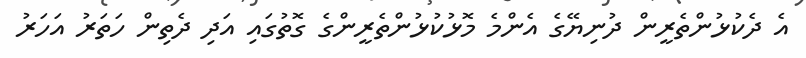
އެ ދެކުޅުންތެރީން ދުނިޔޭގެ އެންމެ މޮޅުކުޅުންތެރީންގެ ގޮތުގައި އަދި ދެތިން ހަތަރު އަހަރު